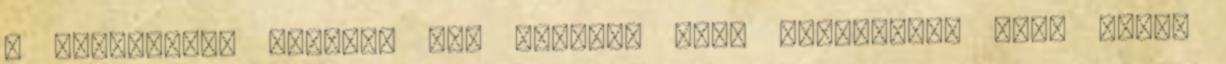
a megszokott helyen. Azt akarom, hogy meztelenül várj rám.-